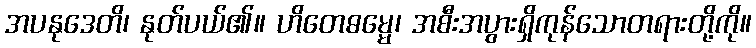
အပနုဒေတိ၊ နုတ်ပယ်၏။ ဟိတေဓမ္မေ၊ အစီးအပွားရှိကုန်သောတရားတို့ကို။